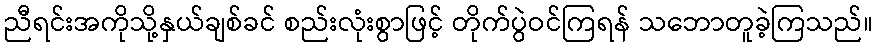
ညီရင်းအကိုသို့နှယ်ချစ်ခင် စည်းလုံးစွာဖြင့် တိုက်ပွဲဝင်ကြရန် သဘောတူခဲ့ကြသည်။